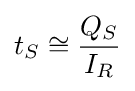
t_{S}\cong {\frac {Q_{S}}{I_{R}}}